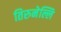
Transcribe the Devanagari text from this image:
तिरुनेल्लि